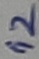
Text: 12